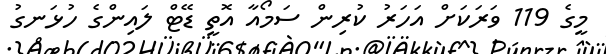
މީގެ 119 ވަރަކަށް އަހަރު ކުރިން ސަމޯއާ އޮތީ ޑޭޓް ލައިންގެ ހުޅަނގު